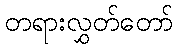
တရားလွှတ်တော်